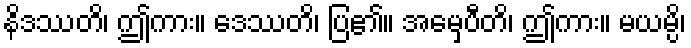
နိဒဿတိ၊ ဤကား။ ဒေဿတိ၊ ပြ၏။ အမှေပီတိ၊ ဤကား။ မယမ္ပိ၊